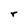
Character: r